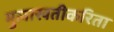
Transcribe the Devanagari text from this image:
मुलाखतीकरिता